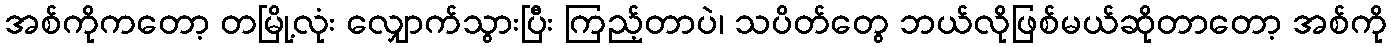
အစ်ကိုကတော့ တမြို့လုံး လျှောက်သွားပြီး ကြည့်တာပဲ၊ သပိတ်တွေ ဘယ်လိုဖြစ်မယ်ဆိုတာတော့ အစ်ကို